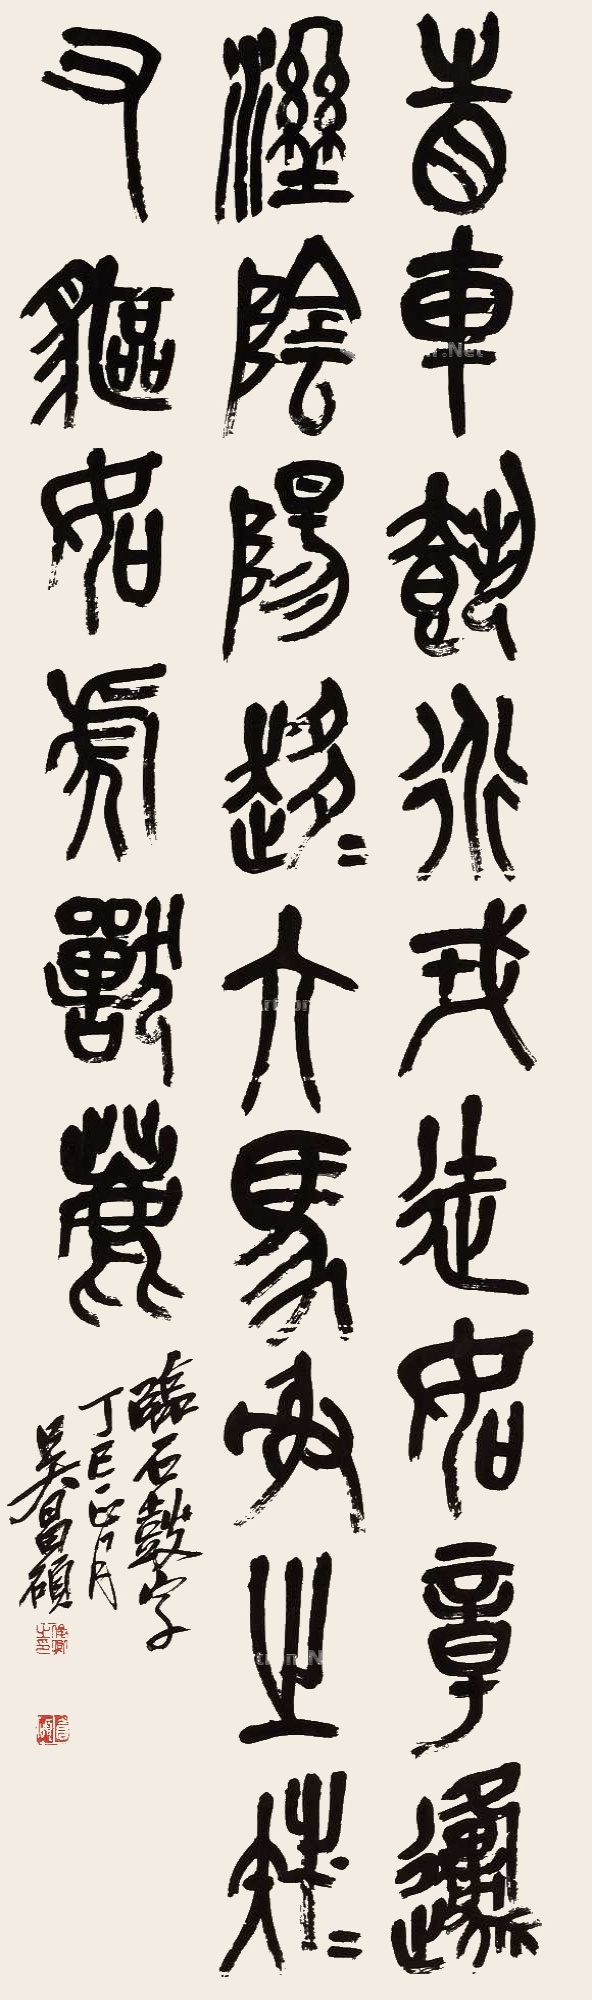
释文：眚车载行，戎徒如章。原灦阴阳，趍趍骆马。射之族族。有䝙如虎，兽鹿。临石鼓字。丁巳正月，吴昌硕。